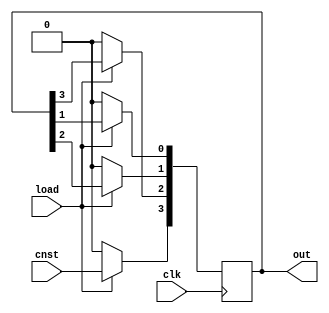
`timescale 1ns / 1ps
//////////////////////////////////////////////////////////////////////////////////
// Company: 
// 
// Design Name: 
// Module Name: SIPO
// Project Name: 
// Target Devices: 
// Tool Versions: 
// Description: 
// 
// Dependencies: 
// 
// Revision:
// Revision 0.01 - File Created
// Additional Comments:
// 
//////////////////////////////////////////////////////////////////////////////////


module SIPO(clk,load,cnst,out);
input clk,load,cnst;
output reg [3:0]out;



always@(posedge clk)
begin
    if(load)
       begin
       out[3] <= cnst;
       out[2] <= out[3];
       out[1] <= out[2];
       out[0] <= out[1];
       end
    else
        out = 4'b0000;
          
end
endmodule